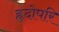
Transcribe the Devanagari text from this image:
हृदोपरि